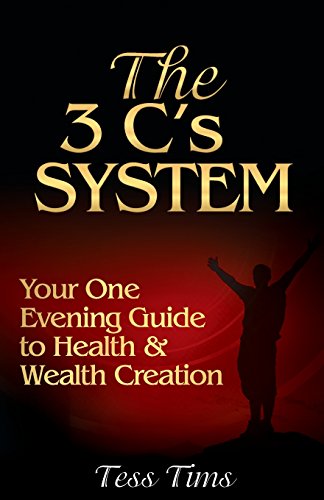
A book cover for The 3 C's System: Your One Evening Guide to Health and Wealth Creation; Tess Tims; Business & Money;